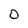
Character: 0